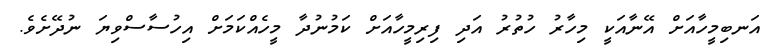
އަނބިމީހާއަށް އޭނާއަކީ މިހާރު ހުތުރު އަދި ފިރިމީހާއަށް ކަމުނުދާ މީހެއްކަމަށް އިހުސާސްވިޔަ ނުދޭށެވެ.